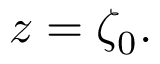
z = \zeta _ { 0 } .